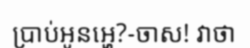
ប្រាប់អូនអ្ហេ?-ចាស! វាថា